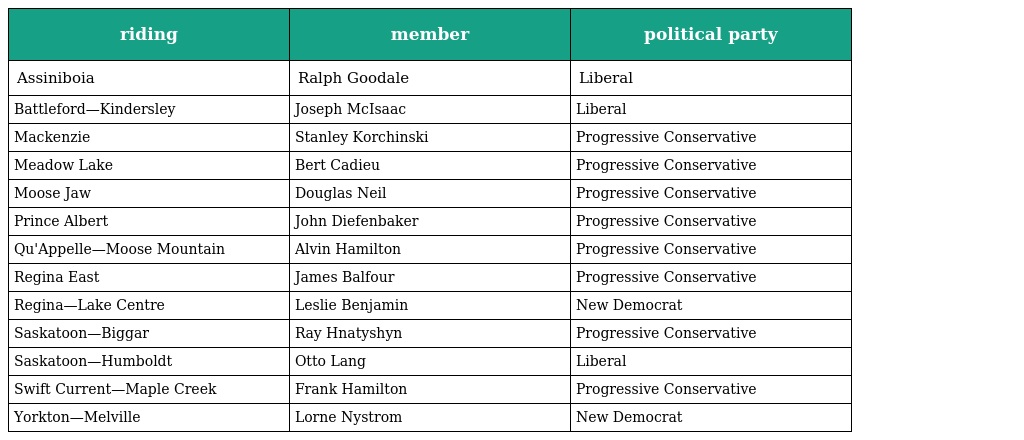
| riding | member | political party |
 | --- | --- | --- |
 | Assiniboia | Ralph Goodale | Liberal |
 | Battleford—Kindersley | Joseph McIsaac | Liberal |
 | Mackenzie | Stanley Korchinski | Progressive Conservative |
 | Meadow Lake | Bert Cadieu | Progressive Conservative |
 | Moose Jaw | Douglas Neil | Progressive Conservative |
 | Prince Albert | John Diefenbaker | Progressive Conservative |
 | Qu'Appelle—Moose Mountain | Alvin Hamilton | Progressive Conservative |
 | Regina East | James Balfour | Progressive Conservative |
 | Regina—Lake Centre | Leslie Benjamin | New Democrat |
 | Saskatoon—Biggar | Ray Hnatyshyn | Progressive Conservative |
 | Saskatoon—Humboldt | Otto Lang | Liberal |
 | Swift Current—Maple Creek | Frank Hamilton | Progressive Conservative |
 | Yorkton—Melville | Lorne Nystrom | New Democrat |